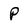
Character: P